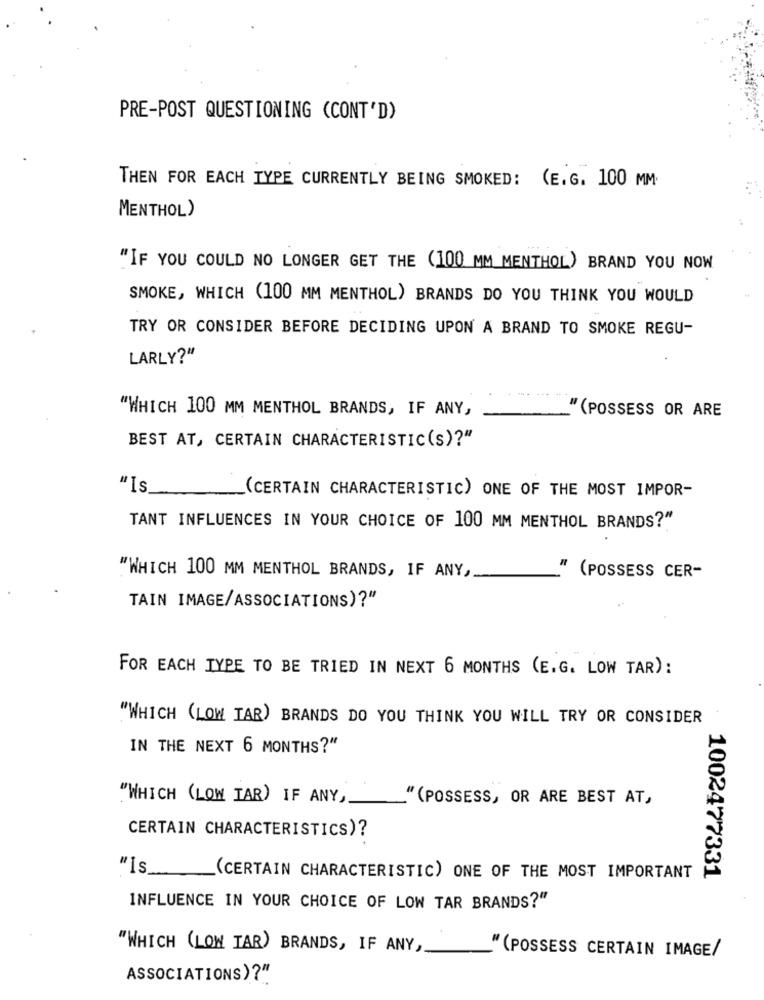
PRE-POST QUESTIONING (CONT'D)
THEN FOR EACH TYPE CURRENTLY BEING SMOKED: (E.G. 100 MM.
MENTHOL)
"IF YOU COULD NO LONGER GET THE (100 MM MENTHOL) BRAND YOU NOW
SMOKE, WHICH (100 MM MENTHOL) BRANDS DO YOU THINK YOU WOULD
TRY OR CONSIDER BEFORE DECIDING UPON A BRAND TO SMOKE REGU-
LARLY?"
"WHICH 100 MM MENTHOL BRANDS, IF ANY,
" (POSSESS OR ARE
BEST AT, CERTAIN CHARACTERISTIC(S)?"
" Is
(CERTAIN CHARACTERISTIC) ONE OF THE MOST IMPOR-
TANT INFLUENCES IN YOUR CHOICE OF 100 MM MENTHOL BRANDS?"
"WHICH 100 MM MENTHOL BRANDS, IF ANY,
" (POSSESS CER-
TAIN IMAGE/ASSOCIATIONS)?"
FOR EACH TYPE TO BE TRIED IN NEXT 6 MONTHS (E.G. LOW TAR):
"WHICH (LOW TAR) BRANDS DO YOU THINK YOU WILL TRY OR CONSIDER
IN THE NEXT 6 MONTHS?"
"WHICH (LOW TAR) IF ANY,
"(POSSESS, OR ARE BEST AT,
CERTAIN CHARACTERISTICS)?
"is
(CERTAIN CHARACTERISTIC) ONE OF THE MOST IMPORTANT
1002477331
INFLUENCE IN YOUR CHOICE OF LOW TAR BRANDS?"
"WHICH (LOW TAR) BRANDS, IF ANY,
" (POSSESS CERTAIN IMAGE/
ASSOCIATIONS)?"